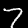
Digit: 7